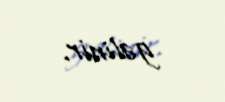
gəlinir.